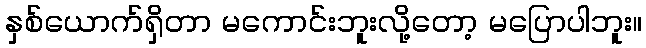
နှစ်ယောက်ရှိတာ မကောင်းဘူးလို့တော့ မပြောပါဘူး။